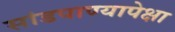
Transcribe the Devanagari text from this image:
सांडपाण्यापेक्षा